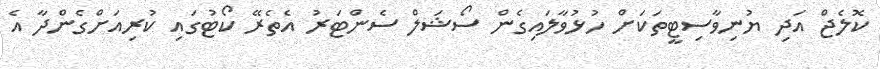
ކޮލެޖް އަދި ޔުނިވާސިޓީތަކަށް ހުޅުވާލައިގެން ސޯޝަލް ސެންޓަރު އެތެރޭ ކޯޓުގައި ކުރިއަށްގެންދާ އެ